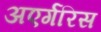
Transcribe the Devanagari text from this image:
अएर्गरिस